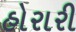
હોરારી